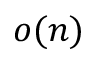
o ( n )